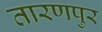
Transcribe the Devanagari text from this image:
तारणपुर